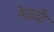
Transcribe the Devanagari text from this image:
वेळ्ळै